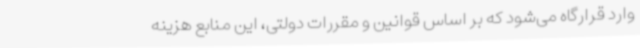
وارد قرارگاه می‌شود که بر اساس قوانین و مقررات دولتی، این منابع هزینه